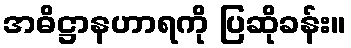
အဓိဋ္ဌာနဟာရကို ပြဆိုခန်း။